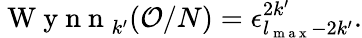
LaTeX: \mathrm{~W~y~n~n~}_{k^{\prime}}(\mathcal{O}/N)=\epsilon_{l_{\mathrm{~m~a~x~}}-2k^{\prime}}^{2k^{\prime}}.